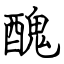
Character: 醜